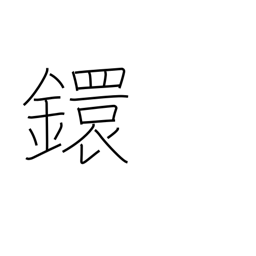
Meaning: link